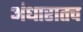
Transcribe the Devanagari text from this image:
अंधारातच